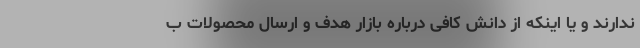
ندارند و یا اینکه از دانش کافی درباره بازار هدف و ارسال محصولات ب